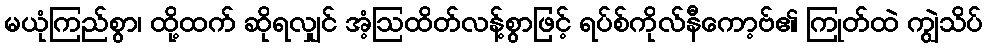
မယုံကြည်စွာ၊ ထို့ထက် ဆိုရလျှင် အံ့ဩထိတ်လန့်စွာဖြင့် ရပ်စ်ကိုလ်နီကော့ဗ်၏ ကြုတ်ထဲ ကျွဲသိပ်